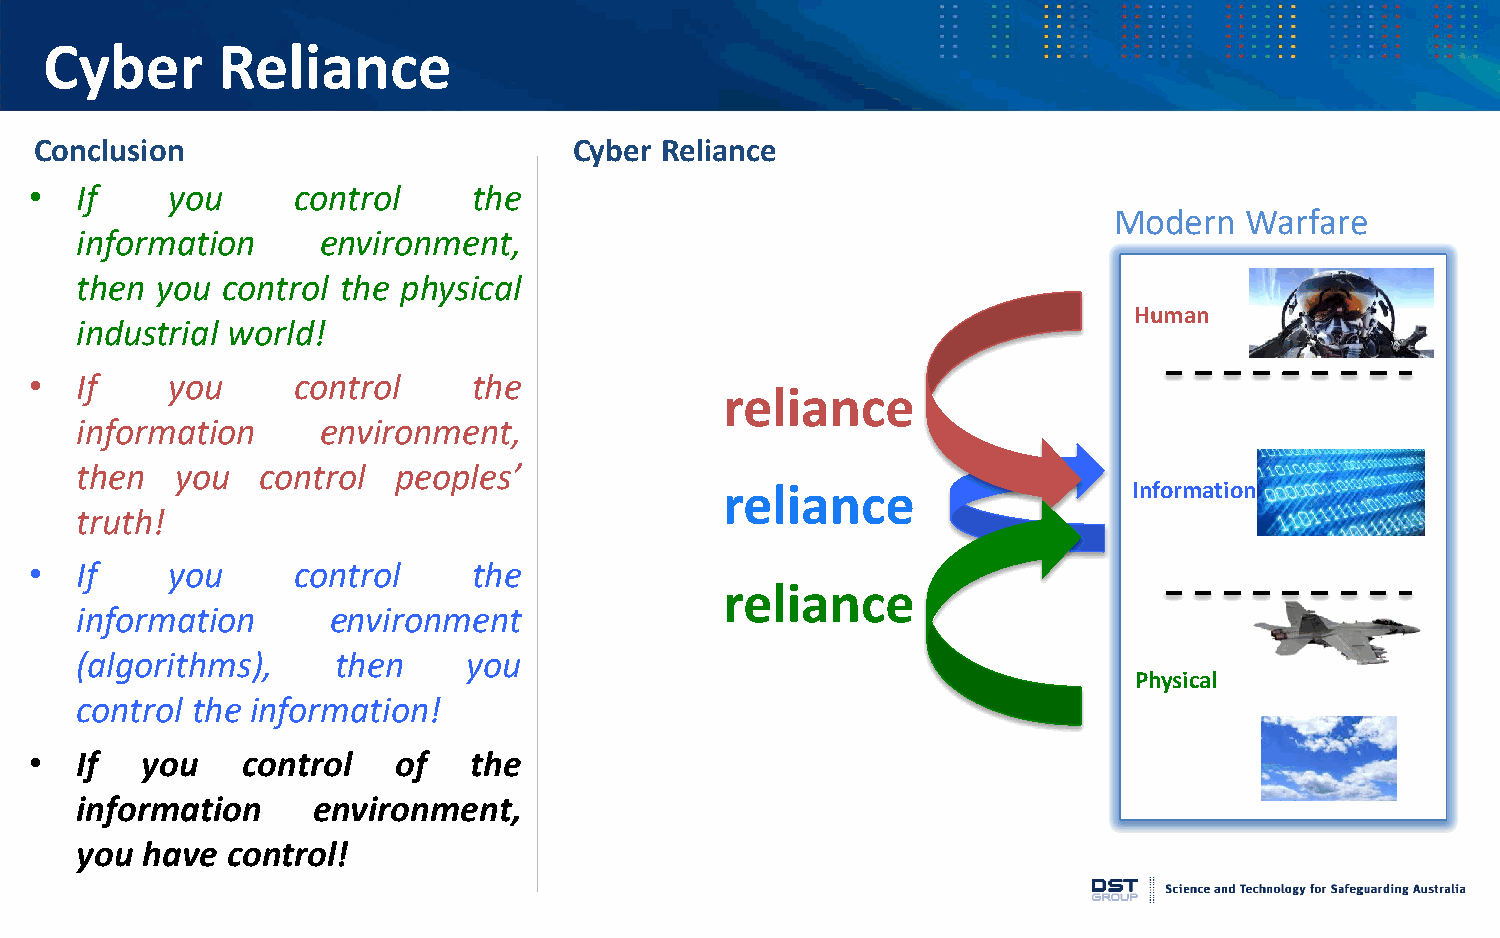
Cyber      Reliance
 Conclusion                          Cyber Reliance
 •  If    you     control     the
 Modern  Warfare
 information     environment,
 then you  control the physical
 Human
 industrial world!
 •  If    you     control     the
 reliance
 information     environment,
 then   you  control  peoples’
 reliance                   Information
 truth!
 •  If    you     control     the
 reliance
 information      environment
 (algorithms),    then     you
 Physical
 control the information!
 •  If  you    control   of   the
 information     environment,
 you have  control!